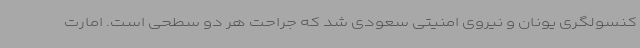
کنسولگری یونان و نیروی امنیتی سعودی شد که جراحت هر دو سطحی است. امارت